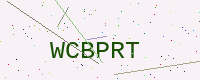
Text: WCBPRT